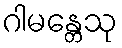
ဂါမန္တေသု